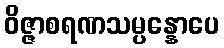
ဝိဇ္ဇာစရဏသမ္ပန္နောပေ